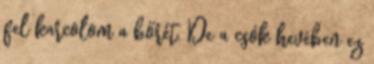
fel karcolom a bőrét. De a csók hevében ez